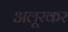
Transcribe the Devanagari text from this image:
अलूरकर